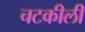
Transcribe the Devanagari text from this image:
चटकीली